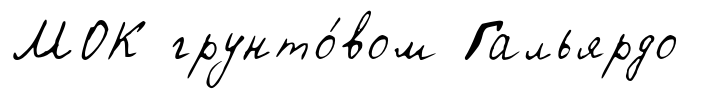
МОК грунто́вом Гальярдо